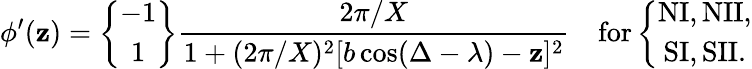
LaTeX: \phi^{\prime}(\mathbf{z})=\left\{ \begin{array}{c}{{-1}}\\ {{1}}\end{array}\right\} \frac{{2\pi/X}}{{1+(2\pi/X)^{2}[b\cos(\Delta-\lambda)-\mathbf{z}]^{2}}}{}~~~~\mathrm{{for}}\left\{ \begin{array}{c}{{\mathrm{NI,NII,}}}\\ {{\mathrm{SI,SII.}}}\end{array}\right.